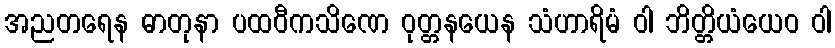
အညတရေန ဓာတုနာ ပထဝီကသိဏေ ဝုတ္တနယေန သံဟာရိမံ ဝါ ဘိတ္တိယံယေဝ ဝါ